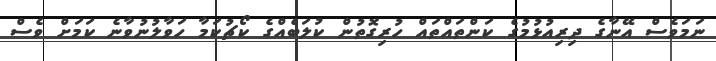
ނަމަވެސް އޭނާގެ ދިރިއުޅުމުގެ ކަންތައްތައް ހުރިގޮތުން ކުލަބެއްގެ ކޯޗުކަމާ ހަވާލުނުވާނެ ކަމަށް ވެސް